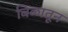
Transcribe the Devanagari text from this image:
बिळातून